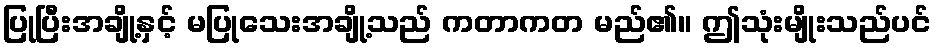
ပြုပြီးအချို့နှင့် မပြုသေးအချို့သည် ကတာကတ မည်၏။ ဤသုံးမျိုးသည်ပင်